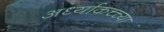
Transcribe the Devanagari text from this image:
अर्ध्याकच्च्या